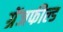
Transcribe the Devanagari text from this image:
ग्रेंजफील्ड